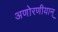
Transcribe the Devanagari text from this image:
अणोरणीयान्‌